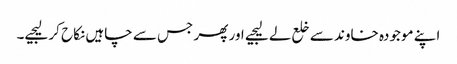
اپنے موجودہ خاوند سے خلع لے لیجیے اور پھر جس سے چاہیں نکاح کر لیجیے۔